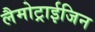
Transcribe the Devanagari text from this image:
लैमोट्राईजिन